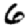
Digit: 6